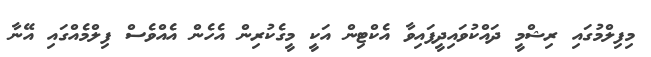
މިފިލްމުގައި ރިޝްމީ ދައްކުވައިދީފައިވާ އެކްޓިން އަކީ މީގެކުރިން އެހެން އެއްވެސް ފިލްމެއްގައި އޭނާ